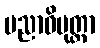
ပညာဝိမုတ္တာ